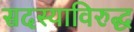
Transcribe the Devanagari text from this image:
सदस्याविरुद्ध